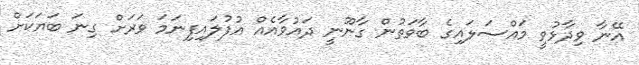
އޭނާ ވިދާޅުވީ މައްސަލައިގެ ބާވަތުން ގާނޫނީ ދައުވާއެއް އުފުލައިފިނަމަ ވަރަށް ގިނަ ބަޔަކަށް